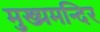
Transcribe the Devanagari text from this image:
मुख्यमन्दिर